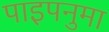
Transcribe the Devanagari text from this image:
पाइपनुमा